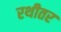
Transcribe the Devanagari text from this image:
रथीतर